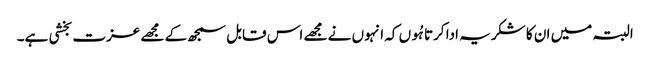
البتہ میں ان کا شکریہ ادا کرتا ہُوں کہ انہوں نے مجھے اس قابل سمجھ کے مجھے عزت بخشی ہے۔